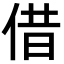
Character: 借